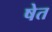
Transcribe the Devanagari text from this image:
षेत